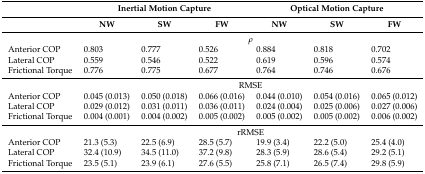
|  | <COLSPAN=3> Inertial Motion Capture | <COLSPAN=3> Optical Motion Capture |
 |  | NW | SW | FW | NW | SW | FW |
 | --- | --- | --- | --- | --- | --- | --- |
 |  | <COLSPAN=6> ρ |
 | Anterior COP | 0.803 | 0.777 | 0.526 | 0.884 | 0.818 | 0.702 |
 | Lateral COP | 0.559 | 0.546 | 0.522 | 0.619 | 0.596 | 0.574 |
 | Frictional Torque | 0.776 | 0.775 | 0.677 | 0.764 | 0.746 | 0.676 |
 |  | <COLSPAN=6> RMSE |
 | Anterior COP | 0.045 (0.013) | 0.050 (0.018) | 0.066 (0.016) | 0.044 (0.010) | 0.054 (0.016) | 0.065 (0.012) |
 | Lateral COP | 0.029 (0.012) | 0.031 (0.011) | 0.036 (0.011) | 0.024 (0.004) | 0.025 (0.006) | 0.027 (0.006) |
 | Frictional Torque | 0.004 (0.001) | 0.004 (0.002) | 0.005 (0.002) | 0.005 (0.002) | 0.005 (0.002) | 0.006 (0.002) |
 |  | <COLSPAN=6> rRMSE |
 | Anterior COP | 21.3 (5.3) | 22.5 (6.9) | 28.5 (5.7) | 19.9 (3.4) | 22.2 (5.0) | 25.4 (4.0) |
 | Lateral COP | 32.4 (10.9) | 34.5 (11.0) | 37.2 (9.8) | 28.3 (5.9) | 28.6 (5.4) | 29.2 (5.1) |
 | Frictional Torque | 23.5 (5.1) | 23.9 (6.1) | 27.6 (5.5) | 25.8 (7.1) | 26.5 (7.4) | 29.8 (5.9) |